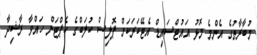
މުބާރާތުގެ އެންމެ މޮޅު އައުޓްސައިޑް އެޓޭކަރަކަށް ޕޮލިސް ކުލަބްގެ ކެޕްޓަން ހައްވާ ރާޝިދާ